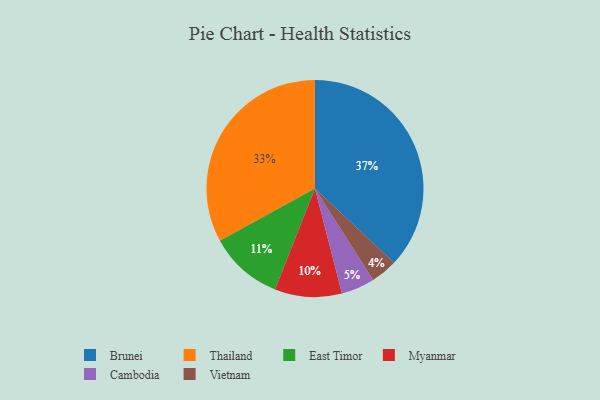
{"axis": {"x": "Category", "y": "Percentage"}, "legend": ["Brunei", "Cambodia", "East Timor", "Myanmar", "Thailand", "Vietnam"], "data": [{"x": "Brunei", "y": 37, "type": "Brunei"}, {"x": "Thailand", "y": 33, "type": "Thailand"}, {"x": "Vietnam", "y": 4, "type": "Vietnam"}, {"x": "Cambodia", "y": 5, "type": "Cambodia"}, {"x": "East Timor", "y": 11, "type": "East Timor"}, {"x": "Myanmar", "y": 10, "type": "Myanmar"}]}